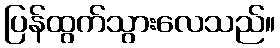
ပြန်ထွက်သွားလေသည်။